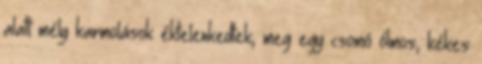
alatt mély karmolások éktelenkedtek, meg egy csomó ólmos, kékes